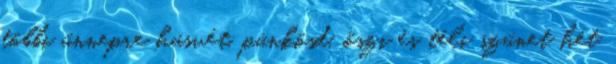
többi ünnepre húsvét, pünkösd, őszi és téli szünet hét